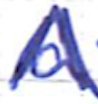
Text: a
Cross-out: zig-zag
Writing tool: ballpoint